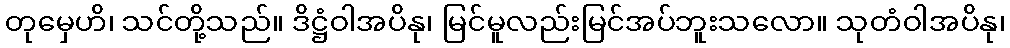
တုမှေဟိ၊ သင်တို့သည်။ ဒိဋ္ဌံဝါအပိနု၊ မြင်မူလည်းမြင်အပ်ဘူးသလော။ သုတံဝါအပိနု၊